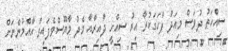
ސިއްހަތު ދުވަސް މިއަދު ފާހަގަކުރާ އިރު ސިއްހީ ދާއިރާއާ މެދު މާޔޫސްވެފައިވާ އާއްމުންނަށް